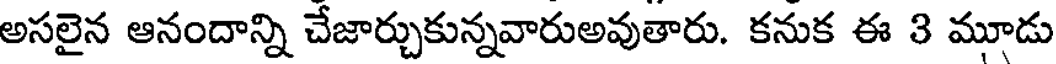
అసలైన ఆనందాన్ని చేజార్చుకున్నవారుఅవుతారు. కనుక ఈ 3 మూడు